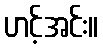
ဟင့်အင်း။